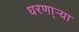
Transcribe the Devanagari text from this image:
धरणा्र्‍या